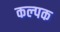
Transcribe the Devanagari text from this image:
कल्‍पक